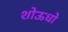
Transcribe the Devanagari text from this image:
शोऊधो